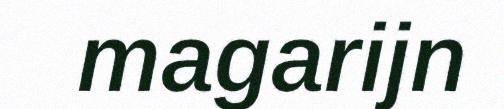
magarijn